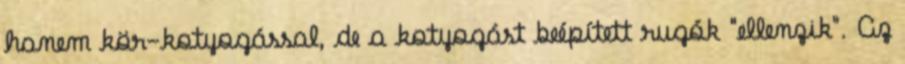
hanem kör-kotyogással, de a kotyogást beépített rugók "ellenzik". Az